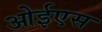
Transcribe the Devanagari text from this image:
ओईएस